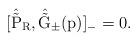
LaTeX: \begin{align*}[\hat{\tilde{\rm P}}_{\rm R}, \hat{\tilde{\rm G}}_{\pm}(p)]_{-}=0.\end{align*}